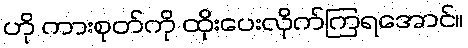
ဟို ကားစုတ်ကို ထိုးပေးလိုက်ကြရအောင်။